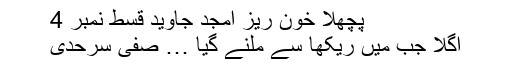
پچھلا خون ریز امجد جاوید قسط نمبر 4
اگلا جب میں ریکھا سے ملنے گیا … صفی سرحدی